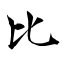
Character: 比